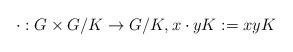
LaTeX: \begin{align*}\cdot : G\times G/K \to G/K, x\cdot yK := xyK\end{align*}